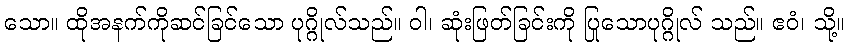
သော။ ထိုအနက်ကိုဆင်ခြင်သော ပုဂ္ဂိုလ်သည်။ ဝါ၊ ဆုံးဖြတ်ခြင်းကို ပြုသောပုဂ္ဂိုလ် သည်။ ဧဝံ၊ သို့။